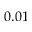
0 . 0 1